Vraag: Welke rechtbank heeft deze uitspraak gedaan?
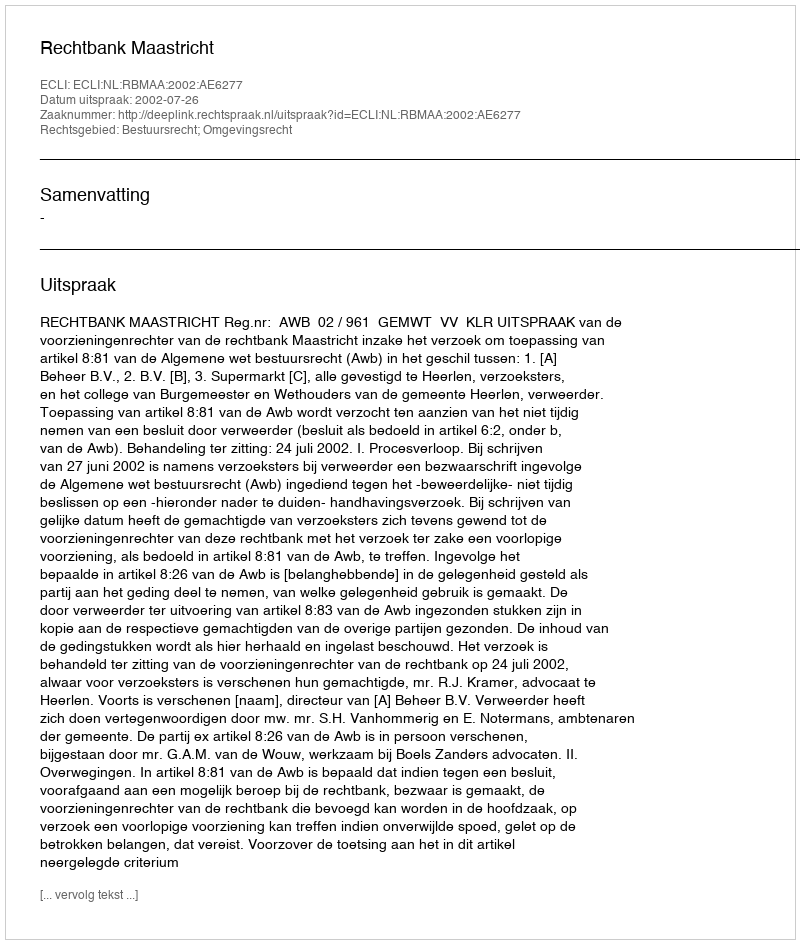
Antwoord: Rechtbank Maastricht